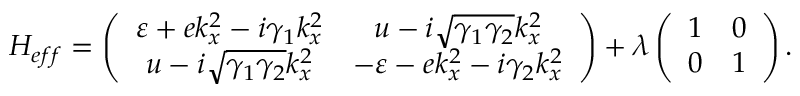
H _ { e f f } = \left( \begin{array} { c c } { \varepsilon + e k _ { x } ^ { 2 } - i \gamma _ { 1 } k _ { x } ^ { 2 } } & { u - i \sqrt { \gamma _ { 1 } \gamma _ { 2 } } k _ { x } ^ { 2 } } \\ { u - i \sqrt { \gamma _ { 1 } \gamma _ { 2 } } k _ { x } ^ { 2 } } & { - \varepsilon - e k _ { x } ^ { 2 } - i \gamma _ { 2 } k _ { x } ^ { 2 } } \end{array} \right) + \lambda \left( \begin{array} { c c } { 1 } & { 0 } \\ { 0 } & { 1 } \end{array} \right) .